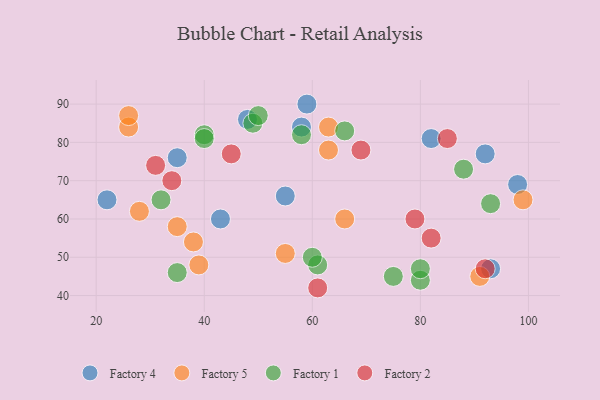
{"axis": {"x": "GDP", "y": "Life Expectancy"}, "legend": ["Factory 1", "Factory 2", "Factory 4", "Factory 5"], "data": [{"x": "59", "y": 90, "type": "Factory 4"}, {"x": "43", "y": 60, "type": "Factory 4"}, {"x": "55", "y": 66, "type": "Factory 4"}, {"x": "22", "y": 65, "type": "Factory 4"}, {"x": "93", "y": 47, "type": "Factory 4"}, {"x": "58", "y": 84, "type": "Factory 4"}, {"x": "98", "y": 69, "type": "Factory 4"}, {"x": "48", "y": 86, "type": "Factory 4"}, {"x": "82", "y": 81, "type": "Factory 4"}, {"x": "92", "y": 77, "type": "Factory 4"}, {"x": "35", "y": 76, "type": "Factory 4"}, {"x": "63", "y": 78, "type": "Factory 5"}, {"x": "91", "y": 45, "type": "Factory 5"}, {"x": "38", "y": 54, "type": "Factory 5"}, {"x": "66", "y": 60, "type": "Factory 5"}, {"x": "35", "y": 58, "type": "Factory 5"}, {"x": "99", "y": 65, "type": "Factory 5"}, {"x": "63", "y": 84, "type": "Factory 5"}, {"x": "26", "y": 84, "type": "Factory 5"}, {"x": "39", "y": 48, "type": "Factory 5"}, {"x": "55", "y": 51, "type": "Factory 5"}, {"x": "28", "y": 62, "type": "Factory 5"}, {"x": "26", "y": 87, "type": "Factory 5"}, {"x": "88", "y": 73, "type": "Factory 1"}, {"x": "93", "y": 64, "type": "Factory 1"}, {"x": "80", "y": 44, "type": "Factory 1"}, {"x": "61", "y": 48, "type": "Factory 1"}, {"x": "58", "y": 82, "type": "Factory 1"}, {"x": "60", "y": 50, "type": "Factory 1"}, {"x": "66", "y": 83, "type": "Factory 1"}, {"x": "40", "y": 82, "type": "Factory 1"}, {"x": "49", "y": 85, "type": "Factory 1"}, {"x": "32", "y": 65, "type": "Factory 1"}, {"x": "80", "y": 47, "type": "Factory 1"}, {"x": "50", "y": 87, "type": "Factory 1"}, {"x": "40", "y": 81, "type": "Factory 1"}, {"x": "35", "y": 46, "type": "Factory 1"}, {"x": "75", "y": 45, "type": "Factory 1"}, {"x": "34", "y": 70, "type": "Factory 2"}, {"x": "79", "y": 60, "type": "Factory 2"}, {"x": "45", "y": 77, "type": "Factory 2"}, {"x": "61", "y": 42, "type": "Factory 2"}, {"x": "92", "y": 47, "type": "Factory 2"}, {"x": "82", "y": 55, "type": "Factory 2"}, {"x": "69", "y": 78, "type": "Factory 2"}, {"x": "85", "y": 81, "type": "Factory 2"}, {"x": "31", "y": 74, "type": "Factory 2"}]}